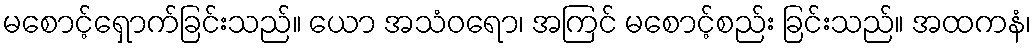
မစောင့်ရှောက်ခြင်းသည်။ ယော အသံဝရော၊ အကြင် မစောင့်စည်း ခြင်းသည်။ အထကနံ၊